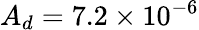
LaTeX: A_{d}=7.2\times 10^{-6}